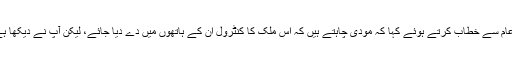
راہول گاندھی نے یہاں جلسہ عام سے خطاب کرتے ہوئے کہا کہ مودی چاہتے ہیں کہ اس ملک کا کنٹرول ان کے ہاتھوں میں دے دیا جائے، لیکن آپ نے دیکھا ہے کہ گجرات میں کیا ہوا ہے؟